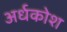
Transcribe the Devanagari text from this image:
अर्धकोश